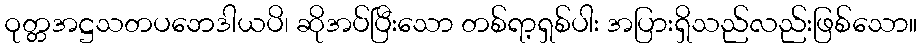
ဝုတ္တအဋ္ဌသတပဘေဒါယပိ၊ ဆိုအပ်ပြီးသော တစ်ရာ့ရှစ်ပါး အပြားရှိသည်လည်းဖြစ်သော။